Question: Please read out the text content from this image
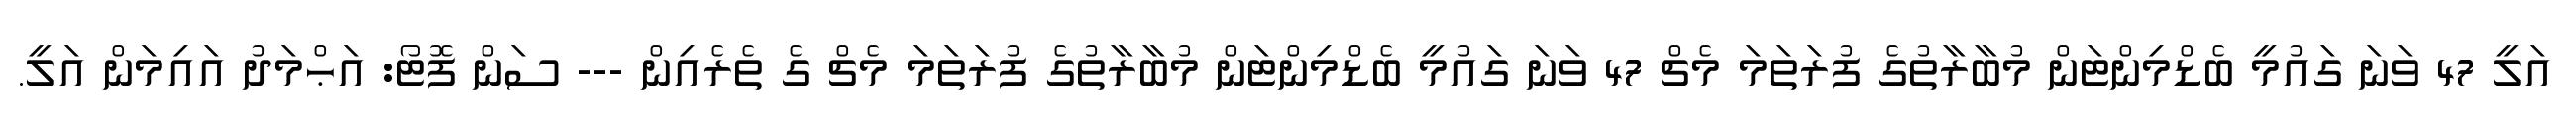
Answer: އަލީ 47 ވަނަ ގައުމީ ބެޑްމިންޓަން މުބާރާތުގެ ފުރަތަމަ މެޗް 47 ވަނަ ގައުމީ ބެޑްމިންޓަން މުބާރާތުގެ ފުރަތަމަ މެޗް ގެ ތެރެއިން --- ސަން ފޮޓޯ: އަޙްމަދު އައިމަން އަލީ.